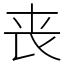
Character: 丧